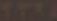
TYRA